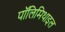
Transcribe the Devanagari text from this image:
पॉलिमिथाइल